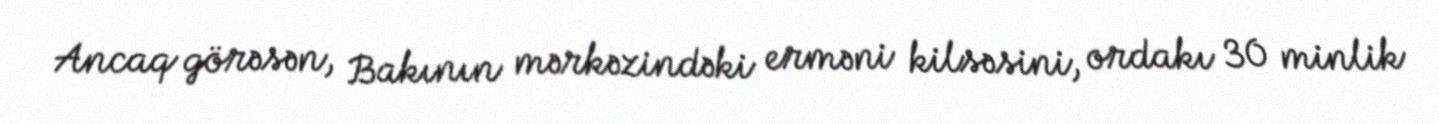
Ancaq görəsən, Bakının mərkəzindəki erməni kilsəsini, ordakı 30 minlik